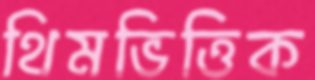
থিমভিত্তিক